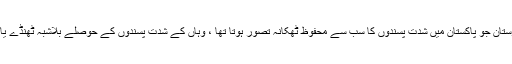
لہذا شمالی وزیرستان جو پاکستان میں شدت پسندوں کا سب سے محفوظ ٹھکانہ تصور ہوتا تھا ، وہاں کے شدت پسندوں کے حوصلے بلاشبہ ٹھنڈے یا کم پڑ گئے ہین۔